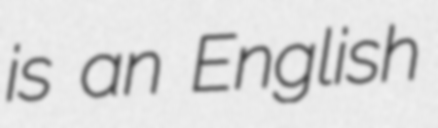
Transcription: is an English